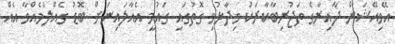
އޭވިއޭޝަން ދާއިރާގެ ތަޖުރިބާކާރަކު ވިދާޅުވި ގޮތުގައި ގައުމީ އެއާލައިނަށް ބޮޑު ގެއްލުމެއްވާ އެއް